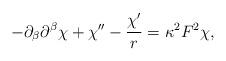
LaTeX: \begin{align*}-\partial_\beta\partial^\beta\chi + \chi'' -\frac{\chi'}{r} = \kappa^2F^2\chi,\end{align*}